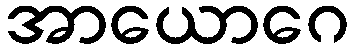
အာယောဂေ